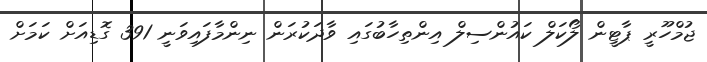
ޖުމްހޫރީ ޕާޓީން ލޯކަލް ކައުންސިލް އިންތިހާބުގައި ވާދަކުރަން ނިންމާފައިވަނީ 391 ގޮޑިއަށް ކަމަށް